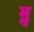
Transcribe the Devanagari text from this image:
मॢ